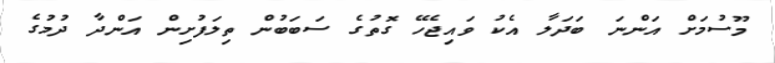
މޫސުމަށް އަންނަ ބަދަލާ އެކު ވައިޖެހޭ ގޮތުގެ ސަބަބުން ތިލަފުށިން އަންދާ ދުމުގެ